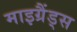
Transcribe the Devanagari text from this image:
माइग्रैंड्स